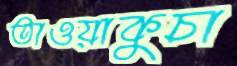
তাওয়াকুচা